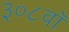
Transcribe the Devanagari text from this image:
३०८वॉ